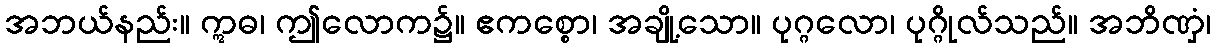
အဘယ်နည်း။ ဣဓ၊ ဤလောက၌။ ဧကစ္စော၊ အချို့သော။ ပုဂ္ဂလော၊ ပုဂ္ဂိုလ်သည်။ အဘိဏှံ၊